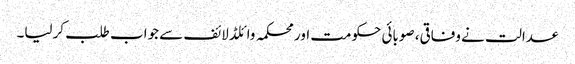
عدالت نے وفاقی، صوبائی حکومت اور محکمہ وائلڈ لائف سے جواب طلب کرلیا۔